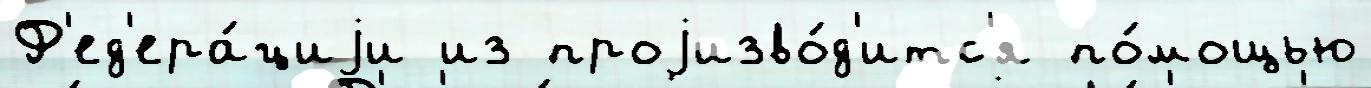
Ф'ед'ера́циjи из проjизво́д'итс'я по́мощью